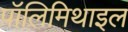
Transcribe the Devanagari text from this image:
पॉलिमिथाइल